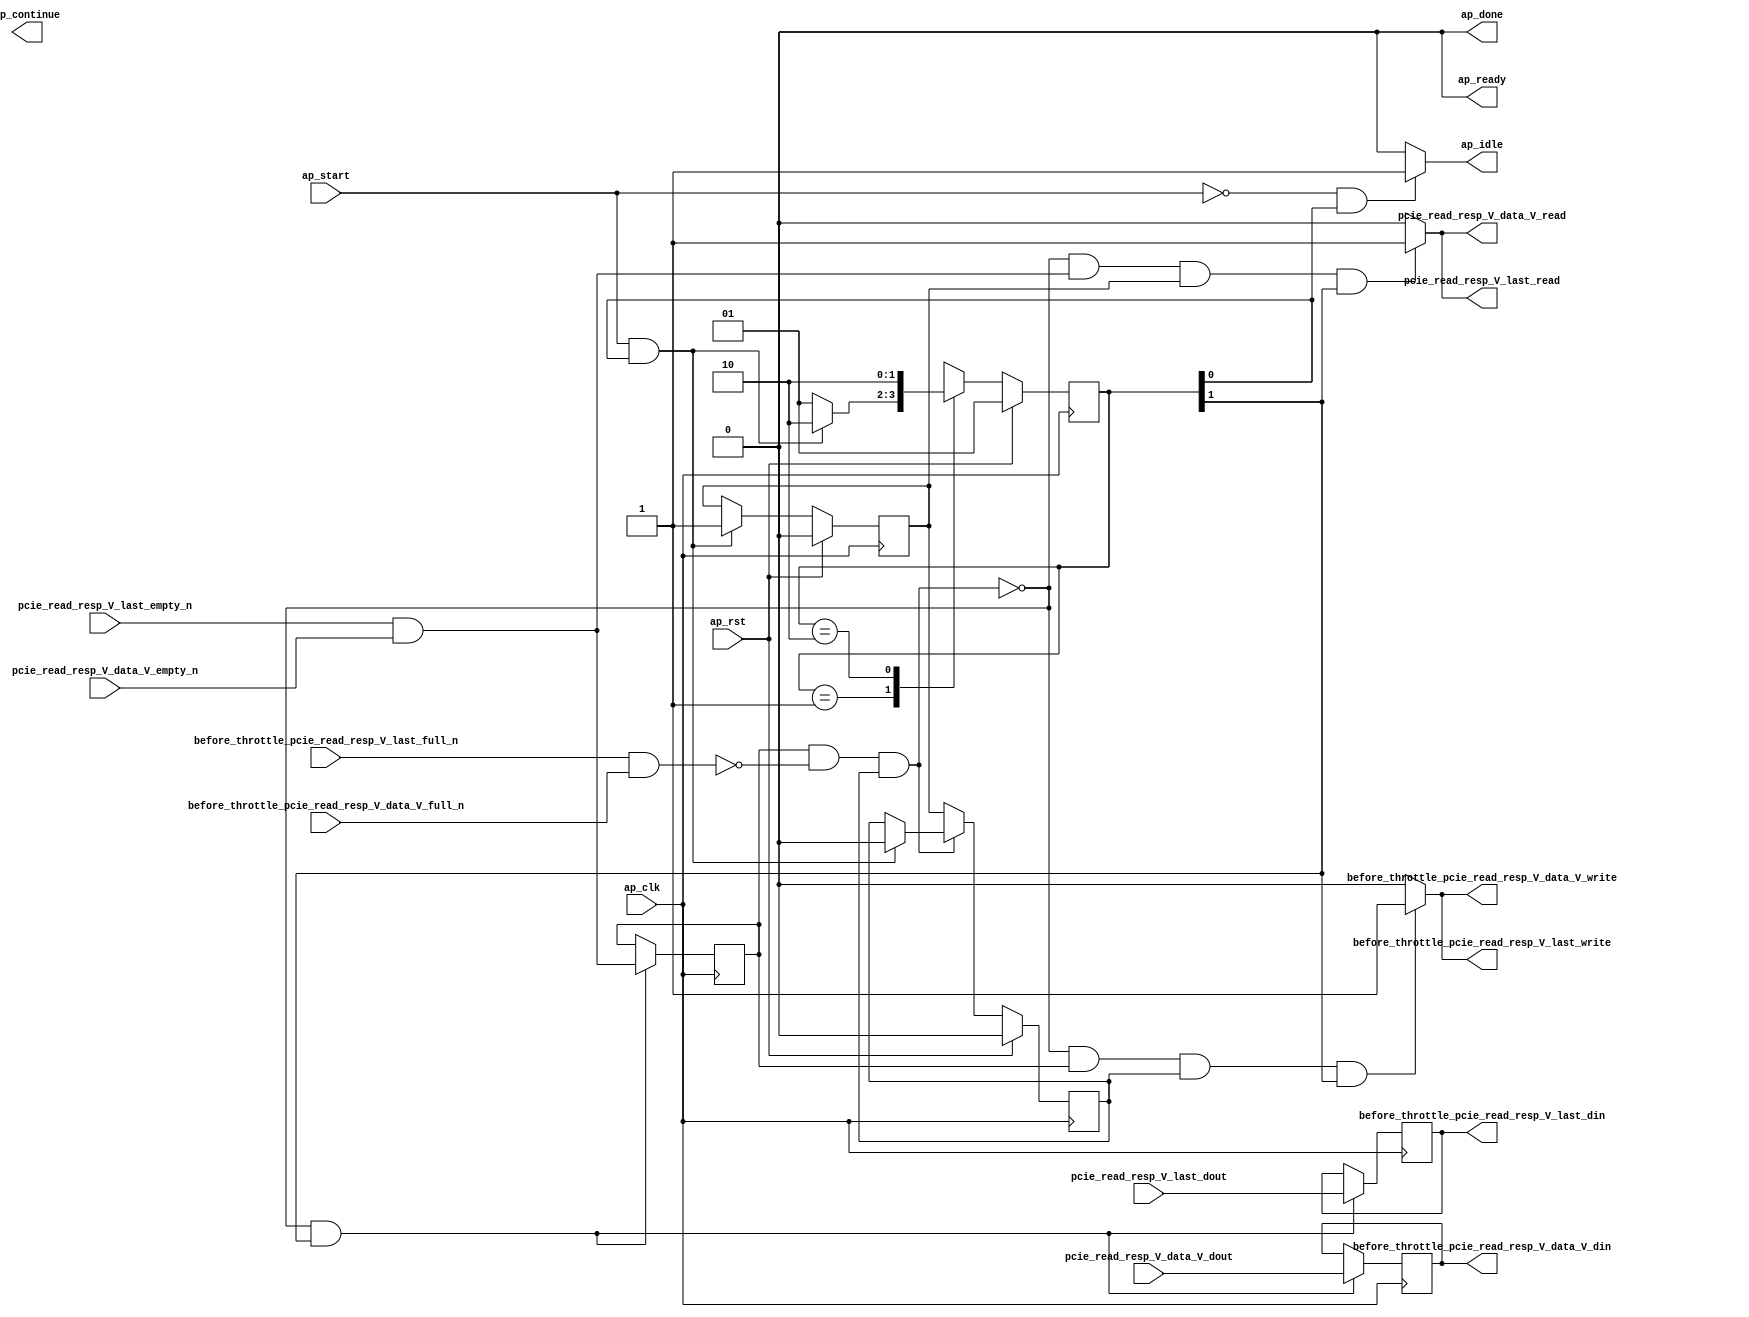
// ==============================================================
// RTL generated by Vivado(TM) HLS - High-Level Synthesis from C, C++ and SystemC
// Version: 2017.4.op
// Copyright (C) 1986-2018 Xilinx, Inc. All Rights Reserved.
// 
// ===========================================================

`timescale 1 ns / 1 ps 

(* CORE_GENERATION_INFO="pcie_read_resp_passer,hls_ip_2017_4_op,{HLS_INPUT_TYPE=cxx,HLS_INPUT_FLOAT=0,HLS_INPUT_FIXED=0,HLS_INPUT_PART=xcvu9p-flgb2104-2-i,HLS_INPUT_CLOCK=4.000000,HLS_INPUT_ARCH=others,HLS_SYN_CLOCK=1.458000,HLS_SYN_LAT=-1,HLS_SYN_TPT=none,HLS_SYN_MEM=0,HLS_SYN_DSP=0,HLS_SYN_FF=518,HLS_SYN_LUT=87}" *)

module pcie_read_resp_passer (
        ap_clk,
        ap_rst,
        ap_start,
        ap_done,
ap_continue,
        ap_idle,
        ap_ready,
        pcie_read_resp_V_last_dout,
        pcie_read_resp_V_last_empty_n,
        pcie_read_resp_V_last_read,
        pcie_read_resp_V_data_V_dout,
        pcie_read_resp_V_data_V_empty_n,
        pcie_read_resp_V_data_V_read,
        before_throttle_pcie_read_resp_V_last_din,
        before_throttle_pcie_read_resp_V_last_full_n,
        before_throttle_pcie_read_resp_V_last_write,
        before_throttle_pcie_read_resp_V_data_V_din,
        before_throttle_pcie_read_resp_V_data_V_full_n,
        before_throttle_pcie_read_resp_V_data_V_write
);

parameter    ap_ST_fsm_state1 = 2'd1;
parameter    ap_ST_fsm_pp0_stage0 = 2'd2;

input   ap_clk;
input   ap_rst;
input   ap_start;
output   ap_done;
output   ap_idle;
output ap_ready; output ap_continue;
input   pcie_read_resp_V_last_dout;
input   pcie_read_resp_V_last_empty_n;
output   pcie_read_resp_V_last_read;
input  [511:0] pcie_read_resp_V_data_V_dout;
input   pcie_read_resp_V_data_V_empty_n;
output   pcie_read_resp_V_data_V_read;
output   before_throttle_pcie_read_resp_V_last_din;
input   before_throttle_pcie_read_resp_V_last_full_n;
output   before_throttle_pcie_read_resp_V_last_write;
output  [511:0] before_throttle_pcie_read_resp_V_data_V_din;
input   before_throttle_pcie_read_resp_V_data_V_full_n;
output   before_throttle_pcie_read_resp_V_data_V_write;

reg ap_idle;

(* fsm_encoding = "none" *) reg   [1:0] ap_CS_fsm;
wire    ap_CS_fsm_state1;
reg    before_throttle_pcie_read_resp_V_last_blk_n;
wire    ap_CS_fsm_pp0_stage0;
reg    ap_enable_reg_pp0_iter1;
wire    ap_block_pp0_stage0;
reg   [0:0] empty_n_1_reg_120;
reg    before_throttle_pcie_read_resp_V_data_V_blk_n;
wire    ap_block_state2_pp0_stage0_iter0;
wire    before_throttle_pcie_read_resp_V_last1_status;
reg    ap_block_state3_pp0_stage0_iter1;
reg    ap_block_pp0_stage0_11001;
reg   [0:0] tmp_last_reg_124;
reg   [511:0] tmp_data_V_reg_129;
reg    ap_enable_reg_pp0_iter0;
reg    ap_block_pp0_stage0_subdone;
reg    pcie_read_resp_V_last0_update;
wire   [0:0] empty_n_nbread_fu_90_p3_0;
reg    before_throttle_pcie_read_resp_V_last1_update;
reg    ap_block_pp0_stage0_01001;
reg   [1:0] ap_NS_fsm;
reg    ap_idle_pp0;
wire    ap_enable_pp0;

// power-on initialization
initial begin
#0 ap_CS_fsm = 2'd1;
#0 ap_enable_reg_pp0_iter1 = 1'b0;
#0 ap_enable_reg_pp0_iter0 = 1'b0;
end

always @ (posedge ap_clk) begin
    if (ap_rst == 1'b1) begin
        ap_CS_fsm <= ap_ST_fsm_state1;
    end else begin
        ap_CS_fsm <= ap_NS_fsm;
    end
end

always @ (posedge ap_clk) begin
    if (ap_rst == 1'b1) begin
        ap_enable_reg_pp0_iter0 <= 1'b0;
    end else begin
        if (((ap_start == 1'b1) & (1'b1 == ap_CS_fsm_state1))) begin
            ap_enable_reg_pp0_iter0 <= 1'b1;
        end
    end
end

always @ (posedge ap_clk) begin
    if (ap_rst == 1'b1) begin
        ap_enable_reg_pp0_iter1 <= 1'b0;
    end else begin
        if ((1'b0 == ap_block_pp0_stage0_subdone)) begin
            ap_enable_reg_pp0_iter1 <= ap_enable_reg_pp0_iter0;
        end else if (((ap_start == 1'b1) & (1'b1 == ap_CS_fsm_state1))) begin
            ap_enable_reg_pp0_iter1 <= 1'b0;
        end
    end
end

always @ (posedge ap_clk) begin
    if (((1'b0 == ap_block_pp0_stage0_11001) & (1'b1 == ap_CS_fsm_pp0_stage0))) begin
        empty_n_1_reg_120 <= empty_n_nbread_fu_90_p3_0;
        tmp_data_V_reg_129 <= pcie_read_resp_V_data_V_dout;
        tmp_last_reg_124 <= pcie_read_resp_V_last_dout;
    end
end

always @ (*) begin
    if (((ap_start == 1'b0) & (1'b1 == ap_CS_fsm_state1))) begin
        ap_idle = 1'b1;
    end else begin
        ap_idle = 1'b0;
    end
end

always @ (*) begin
    if (((ap_enable_reg_pp0_iter0 == 1'b0) & (ap_enable_reg_pp0_iter1 == 1'b0))) begin
        ap_idle_pp0 = 1'b1;
    end else begin
        ap_idle_pp0 = 1'b0;
    end
end

always @ (*) begin
    if (((empty_n_1_reg_120 == 1'd1) & (1'b0 == ap_block_pp0_stage0) & (ap_enable_reg_pp0_iter1 == 1'b1) & (1'b1 == ap_CS_fsm_pp0_stage0))) begin
        before_throttle_pcie_read_resp_V_data_V_blk_n = before_throttle_pcie_read_resp_V_data_V_full_n;
    end else begin
        before_throttle_pcie_read_resp_V_data_V_blk_n = 1'b1;
    end
end

always @ (*) begin
    if (((1'b0 == ap_block_pp0_stage0_11001) & (empty_n_1_reg_120 == 1'd1) & (ap_enable_reg_pp0_iter1 == 1'b1) & (1'b1 == ap_CS_fsm_pp0_stage0))) begin
        before_throttle_pcie_read_resp_V_last1_update = 1'b1;
    end else begin
        before_throttle_pcie_read_resp_V_last1_update = 1'b0;
    end
end

always @ (*) begin
    if (((empty_n_1_reg_120 == 1'd1) & (1'b0 == ap_block_pp0_stage0) & (ap_enable_reg_pp0_iter1 == 1'b1) & (1'b1 == ap_CS_fsm_pp0_stage0))) begin
        before_throttle_pcie_read_resp_V_last_blk_n = before_throttle_pcie_read_resp_V_last_full_n;
    end else begin
        before_throttle_pcie_read_resp_V_last_blk_n = 1'b1;
    end
end

always @ (*) begin
    if (((1'b0 == ap_block_pp0_stage0_11001) & ((pcie_read_resp_V_last_empty_n & pcie_read_resp_V_data_V_empty_n) == 1'b1) & (ap_enable_reg_pp0_iter0 == 1'b1) & (1'b1 == ap_CS_fsm_pp0_stage0))) begin
        pcie_read_resp_V_last0_update = 1'b1;
    end else begin
        pcie_read_resp_V_last0_update = 1'b0;
    end
end

always @ (*) begin
    case (ap_CS_fsm)
        ap_ST_fsm_state1 : begin
            if (((ap_start == 1'b1) & (1'b1 == ap_CS_fsm_state1))) begin
                ap_NS_fsm = ap_ST_fsm_pp0_stage0;
            end else begin
                ap_NS_fsm = ap_ST_fsm_state1;
            end
        end
        ap_ST_fsm_pp0_stage0 : begin
            ap_NS_fsm = ap_ST_fsm_pp0_stage0;
        end
        default : begin
            ap_NS_fsm = 'bx;
        end
    endcase
end

assign ap_CS_fsm_pp0_stage0 = ap_CS_fsm[32'd1];

assign ap_CS_fsm_state1 = ap_CS_fsm[32'd0];

assign ap_block_pp0_stage0 = ~(1'b1 == 1'b1);

always @ (*) begin
    ap_block_pp0_stage0_01001 = ((empty_n_1_reg_120 == 1'd1) & (before_throttle_pcie_read_resp_V_last1_status == 1'b0) & (ap_enable_reg_pp0_iter1 == 1'b1));
end

always @ (*) begin
    ap_block_pp0_stage0_11001 = ((empty_n_1_reg_120 == 1'd1) & (before_throttle_pcie_read_resp_V_last1_status == 1'b0) & (ap_enable_reg_pp0_iter1 == 1'b1));
end

always @ (*) begin
    ap_block_pp0_stage0_subdone = ((empty_n_1_reg_120 == 1'd1) & (before_throttle_pcie_read_resp_V_last1_status == 1'b0) & (ap_enable_reg_pp0_iter1 == 1'b1));
end

assign ap_block_state2_pp0_stage0_iter0 = ~(1'b1 == 1'b1);

always @ (*) begin
    ap_block_state3_pp0_stage0_iter1 = ((empty_n_1_reg_120 == 1'd1) & (before_throttle_pcie_read_resp_V_last1_status == 1'b0));
end

assign ap_done = 1'b0;

assign ap_enable_pp0 = (ap_idle_pp0 ^ 1'b1);

assign ap_ready = 1'b0;

assign before_throttle_pcie_read_resp_V_data_V_din = tmp_data_V_reg_129;

assign before_throttle_pcie_read_resp_V_data_V_write = before_throttle_pcie_read_resp_V_last1_update;

assign before_throttle_pcie_read_resp_V_last1_status = (before_throttle_pcie_read_resp_V_last_full_n & before_throttle_pcie_read_resp_V_data_V_full_n);

assign before_throttle_pcie_read_resp_V_last_din = tmp_last_reg_124;

assign before_throttle_pcie_read_resp_V_last_write = before_throttle_pcie_read_resp_V_last1_update;

assign empty_n_nbread_fu_90_p3_0 = (pcie_read_resp_V_last_empty_n & pcie_read_resp_V_data_V_empty_n);

assign pcie_read_resp_V_data_V_read = pcie_read_resp_V_last0_update;

assign pcie_read_resp_V_last_read = pcie_read_resp_V_last0_update;

endmodule //pcie_read_resp_passer